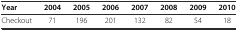
| Year | 2004 | 2005 | 2006 | 2007 | 2008 | 2009 | 2010 |
 | --- | --- | --- | --- | --- | --- | --- | --- |
 | Checkout | 71 | 196 | 201 | 132 | 82 | 54 | 18 |